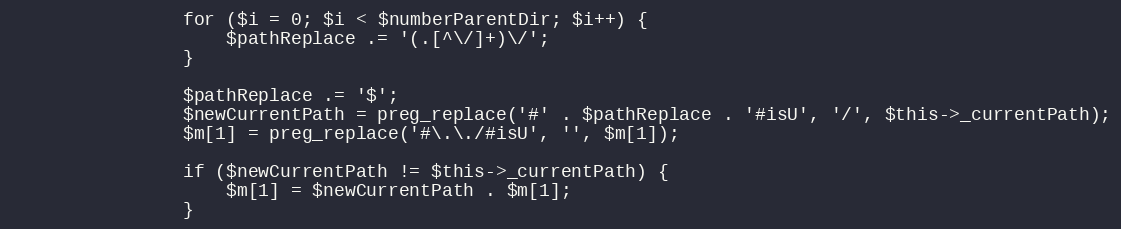
Language: PHP
                for ($i = 0; $i < $numberParentDir; $i++) {
                    $pathReplace .= '(.[^\/]+)\/';
                }

                $pathReplace .= '$';
                $newCurrentPath = preg_replace('#' . $pathReplace . '#isU', '/', $this->_currentPath);
                $m[1] = preg_replace('#\.\./#isU', '', $m[1]);

                if ($newCurrentPath != $this->_currentPath) {
                    $m[1] = $newCurrentPath . $m[1];
                }